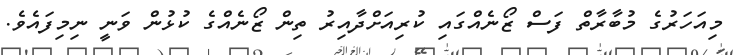
މިއަހަރުގެ މުބާރާތް ފަސް ޒޯނެއްގައި ކުރިއަށްދާއިރު ތިން ޒޯނެއްގެ ކުޅުން ވަނީ ނިމިފައެވެ.